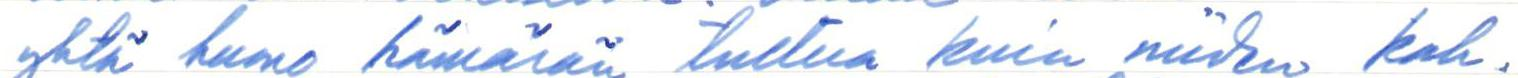
yhtä huono hämärän tultua kuin niiden kah-